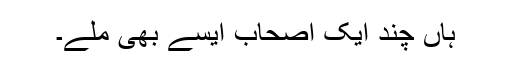
ہاں چند ایک اصحاب ایسے بھی مِلے۔